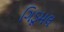
ગિડૂમલ